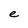
Character: e